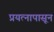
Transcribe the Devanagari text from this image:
प्रयत्‍नापासून